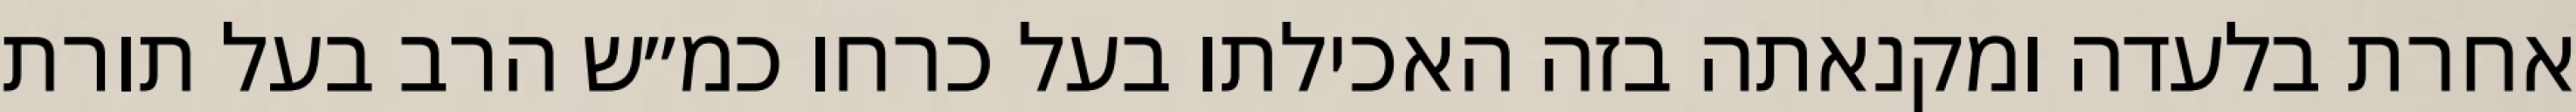
אחרת בלעדה ומקנאתה בזה האכילתו בעל כרחו כמ״ש הרב בעל תורת